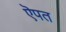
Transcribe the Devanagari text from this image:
ऎपत